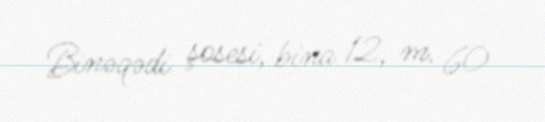
Binəqədi şosesi, bina 12, m. 60